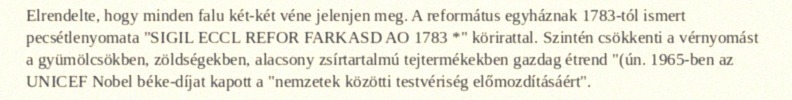
Elrendelte, hogy minden falu két-két véne jelenjen meg. A református egyháznak 1783-tól ismert pecsétlenyomata "SIGIL ECCL REFOR FARKASD AO 1783 *" körirattal. Szintén csökkenti a vérnyomást a gyümölcsökben, zöldségekben, alacsony zsírtartalmú tejtermékekben gazdag étrend "(ún. 1965-ben az UNICEF Nobel béke-díjat kapott a "nemzetek közötti testvériség előmozdításáért".